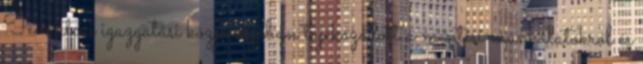
Teve utcai igazgatási központjában tájékozódott a mentési munkálatokról és